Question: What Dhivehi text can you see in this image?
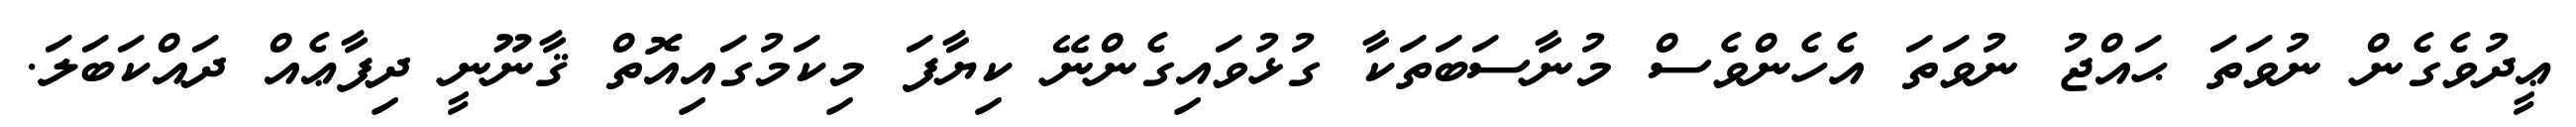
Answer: ޢީދުވެގެން ނުވަތަ ޙައްޖު ނުވަތަ އެހެންވެސް މުނާސަބަތަކާ ގުޅުވައިގެންނޭ ކިޔާފަ މިކަމުގައިއޮތް ޤާނޫނީ ދިފާޢެއް ދައްކަބަލަ.